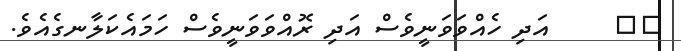
٤٣     އަދި ހެއްވަވަނީވެސް އަދި ރޮއްވަވަނީވެސް ހަމައެކަލާނގެއެވެ.